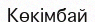
Көкімбай